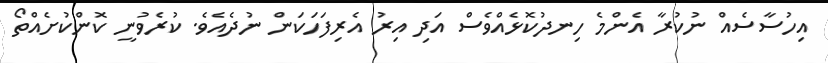
އިހުސާސެއް ނުކުރާ އެންމެ ހިނދުކޮޅެއްވެސް އަދި އިރު އެރިފަހަކަން ނުދެއެވެ. ކުރެވުނީ ކޮންކުށެއްތޯ